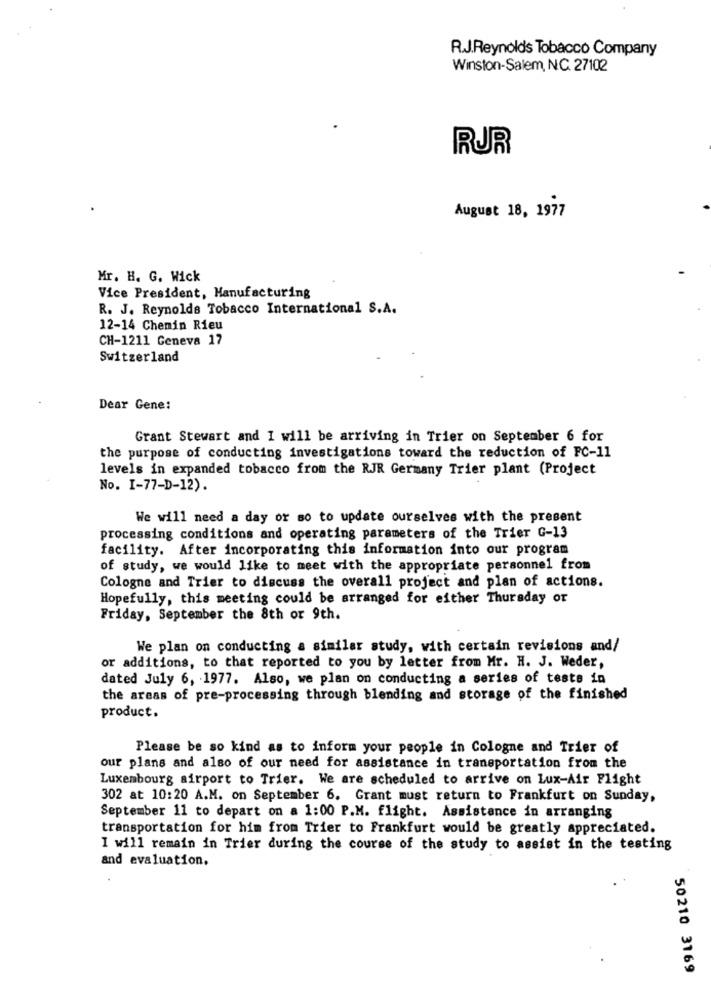
R.J.Reynolds Tobacco Company
Winston-Salem, NC. 27102
RUR
August 18, 1977
Mr. H. G. Wick
Vice President, Manufacturing
R. J. Reynolds Tobacco International S.A.
12-14 Chemin Rieu
CH-1211 Geneva 17
Switzerland
Dear Gene:
Grant Stewart and I will be arriving in Trier on September 6 for
the purpose of conducting investigations toward the reduction of FC-11
levels in expanded tobacco from the RJR Germany Trier plant (Project
No. I-77-D-12).
We will need a day or so to update ourselves with the present
processing conditions and operating parameters of the Trier G-13
facility. After incorporating this information into our program
of study, we would like to meet with the appropriate personnel from
Cologne and Trier to discuss the overall project and plan of actions.
Hopefully, this meeting could be arranged for either Thursday or
Friday, September the 8th or 9th.
We plan on conducting a similar study, with certain revisions and/
or additions, to that reported to you by letter from Mr. H. J. Weder,
dated July 6, 1977. Also, we plan on conducting a series of teste in
the areas of pre-processing through blending and storage of the finished
product.
Please be so kind as to inform your people in Cologne and Trier of
our plans and also of our need for assistance in transportation from the
Luxembourg airport to Trier. We are scheduled to arrive on Lux-Air Flight
302 at 10:20 A.M. on September 6. Grant must return to Frankfurt on Sunday,
September 11 to depart on a 1:00 P.M. flight. Assistance in arranging
transportation for him from Trier to Frankfurt would be greatly appreciated.
I will remain in Trier during the course of the study to assist in the testing
and evaluation.
50210 3169